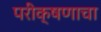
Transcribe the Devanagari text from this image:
परीक्षणाचा